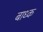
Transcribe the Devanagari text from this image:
बाध्‍क